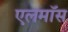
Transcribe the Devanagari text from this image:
एलमॉस